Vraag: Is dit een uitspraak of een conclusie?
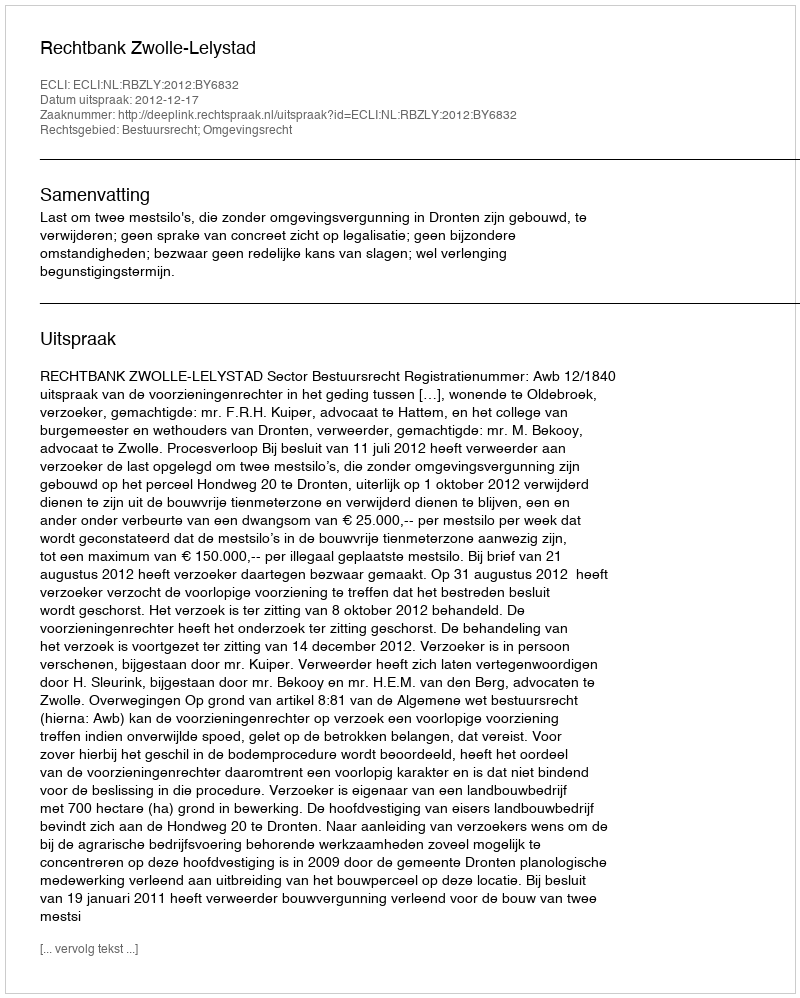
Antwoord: Uitspraak